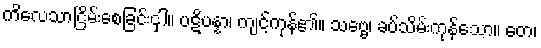
ကိလေသာငြိမ်းစေခြင်းငှါ။ ပဋိပန္နာ၊ ကျင့်ကုန်၏။ သဗ္ဗေ၊ ခပ်သိမ်းကုန်သော။ တေ၊